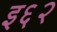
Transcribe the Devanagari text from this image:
इ६२